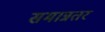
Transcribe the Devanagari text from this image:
समान्नतर